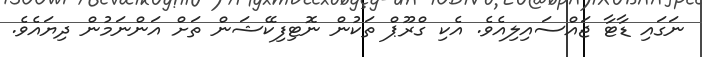
ނަގައި ޑާޓާ ޖަައްސައިލިއެވެ. އެކި ގްރޫޕް ތަކުން ނޮޓިފިކޭޝަން ތަށް އަންނަމުން ދިޔައެވެ.